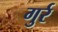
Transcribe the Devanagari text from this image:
गुर्र